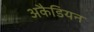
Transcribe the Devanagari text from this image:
अकैडियन